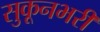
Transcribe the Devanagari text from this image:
सुकूनभरी